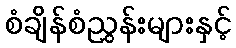
စံချိန်စံညွှန်းများနှင့်